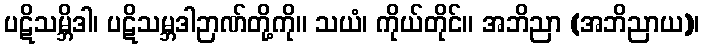
ပဋိသမ္ဘိဒါ၊ ပဋိသမ္ဘဒါဉာဏ်တို့ကို။ သယံ၊ ကိုယ်တိုင်။ အဘိညာ (အဘိညာယ)၊